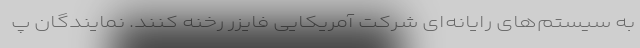
به سیستم‌های رایانه‌ای شرکت آمریکایی فایزر رخنه کنند. نمایندگان پ